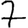
Digit: 7